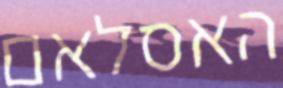
האסלאם